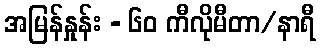
အမြန်နှုန်း - ၆၀ ကီလိုမီတာ/နာရီ